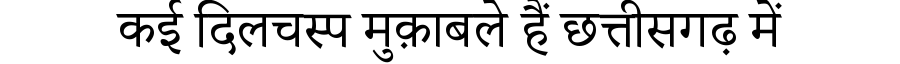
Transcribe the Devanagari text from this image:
कई दिलचस्प मुक़ाबले हैं छत्तीसगढ़ में